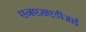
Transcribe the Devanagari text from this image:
एनएसएडीआई